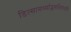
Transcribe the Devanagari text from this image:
डित्सामर्थ्याद्भमभिदधती